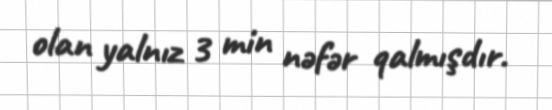
olan yalnız 3 min nəfər qalmışdır.